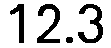
12.3